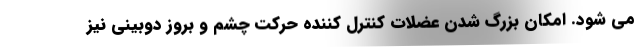
می شود. امکان بزرگ شدن عضلات کنترل کننده حرکت چشم و بروز دوبینی نیز